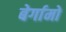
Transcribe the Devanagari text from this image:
बेर्गामो